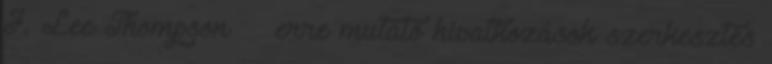
J. Lee Thompson ‎ ← erre mutató hivatkozások szerkesztés